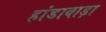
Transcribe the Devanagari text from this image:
हांडाबाड़ा